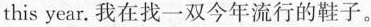
this year.我在找一双今年流行的鞋子。